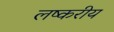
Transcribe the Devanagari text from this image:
लष्करीय